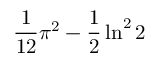
{ \frac { 1 } { 1 2 } } \pi ^ { 2 } - { \frac { 1 } { 2 } } \ln ^ { 2 } 2